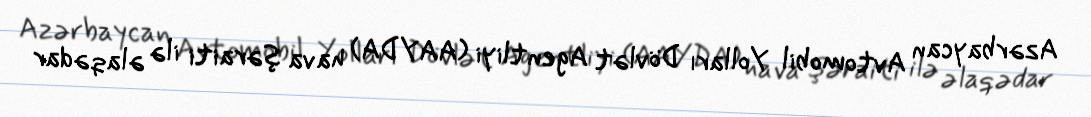
Azərbaycan Avtomobil Yolları Dövlət Agentliyi (AAYDA) hava şəraiti ilə əlaqədar